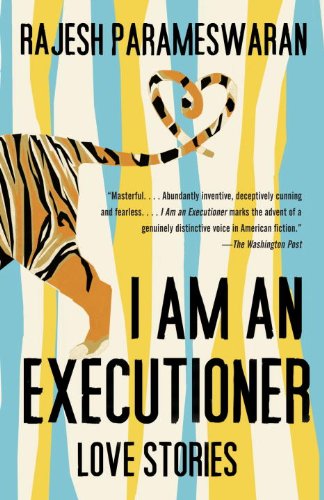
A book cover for I Am an Executioner: Love Stories; Rajesh Parameswaran; Literature & Fiction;